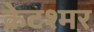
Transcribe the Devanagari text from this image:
क्रेटश्मर